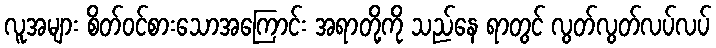
လူအများ စိတ်ဝင်စားသောအကြောင်း အရာတို့ကို သည်နေ ရာတွင် လွတ်လွတ်လပ်လပ်